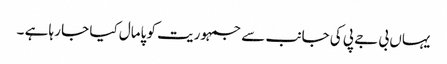
یہاں بی جے پی کی جانب سے جمہوریت کو پامال کیا جا رہا ہے ۔